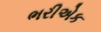
ભરીએક